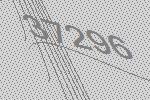
37296